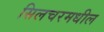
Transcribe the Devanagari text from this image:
सिलचरमधील